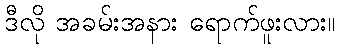
ဒီလို အခမ်းအနား ရောက်ဖူးလား။